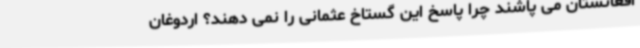
افغانستان می پاشند چرا پاسخ این گستاخ عثمانی را نمی دهند؟ اردوغان